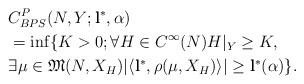
LaTeX: \begin{align*}&C_{BPS}^P(N,Y;\mathbf{l}^\ast,\alpha)\\&=\inf \{K>0 ; \forall H\in C^\infty(N)H|_Y\geq K,\\&\exists\mu\in\mathfrak{M}(N,X_H)|\langle \mathbf{l}^\ast,\rho(\mu,X_H) \rangle|\geq\mathbf{l}^\ast(\alpha)\}.\\\end{align*}